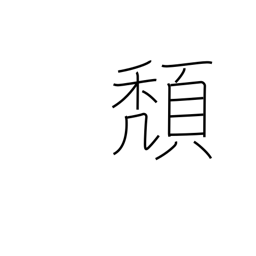
Meaning: slide